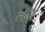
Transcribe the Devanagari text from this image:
लॅबॅर